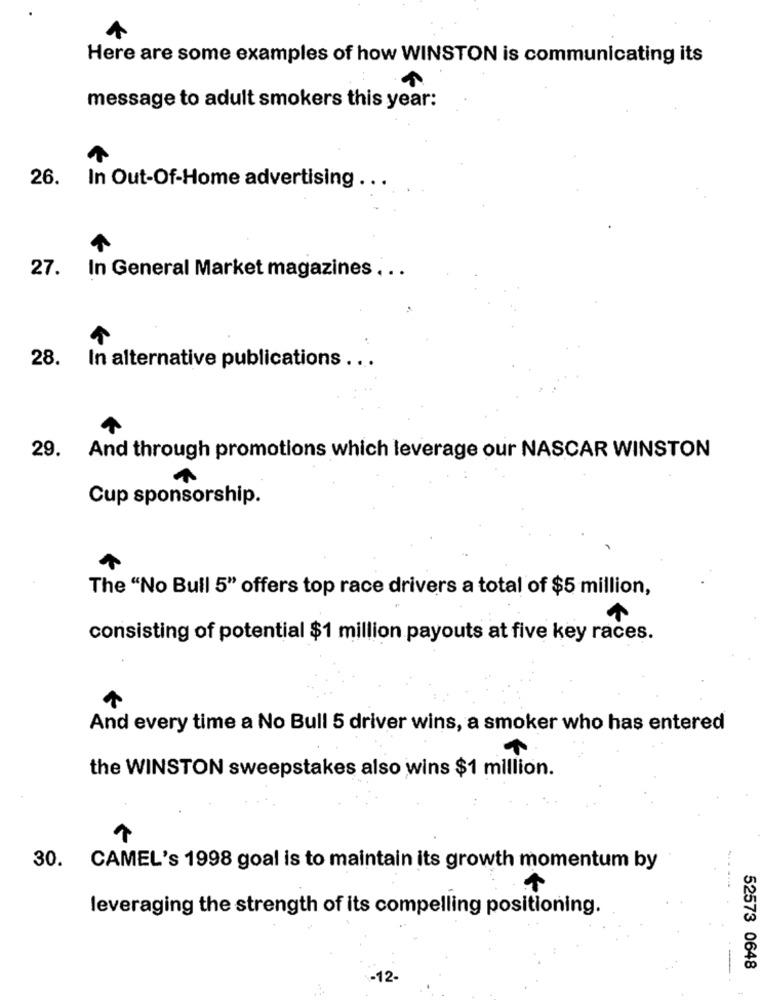
Here are some examples of how WINSTON is communicating its
message to adult smokers this year:
26. In Out-Of-Home advertising .. .
27. In General Market magazines . . .
28. In alternative publications ...
29. And through promotions which leverage our NASCAR WINSTON
Cup sponsorship.
The "No Bull 5" offers top race drivers a total of $5 million,
consisting of potential $1 million payouts at five key races.
And every time a No Bull 5 driver wins, a smoker who has entered
the WINSTON sweepstakes also wins $1 million.
30. CAMEL's 1998 goal is to maintain its growth momentum by
leveraging the strength of its compelling positioning.
52573 0648
-12-